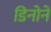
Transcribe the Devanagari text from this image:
डिनोने